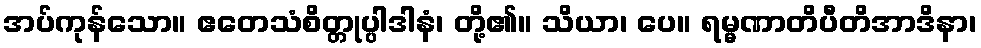
အပ်ကုန်သော။ ဧတေသံစိတ္တုပ္ပါဒါနံ၊ တို့၏။ သိယာ၊ ပေ။ ရမ္မဏာတိပီတိအာဒိနာ၊